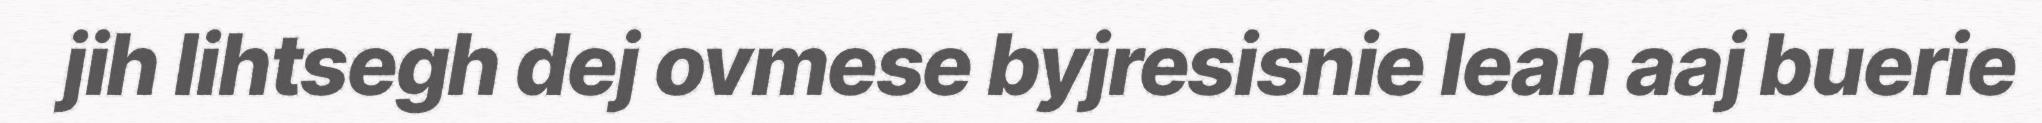
jih lihtsegh dej ovmese byjresisnie leah aaj buerie